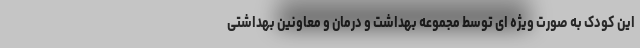
این کودک به صورت ویژه ای توسط مجموعه بهداشت و درمان و معاونین بهداشتی